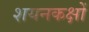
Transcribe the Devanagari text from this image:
शयनकक्षों